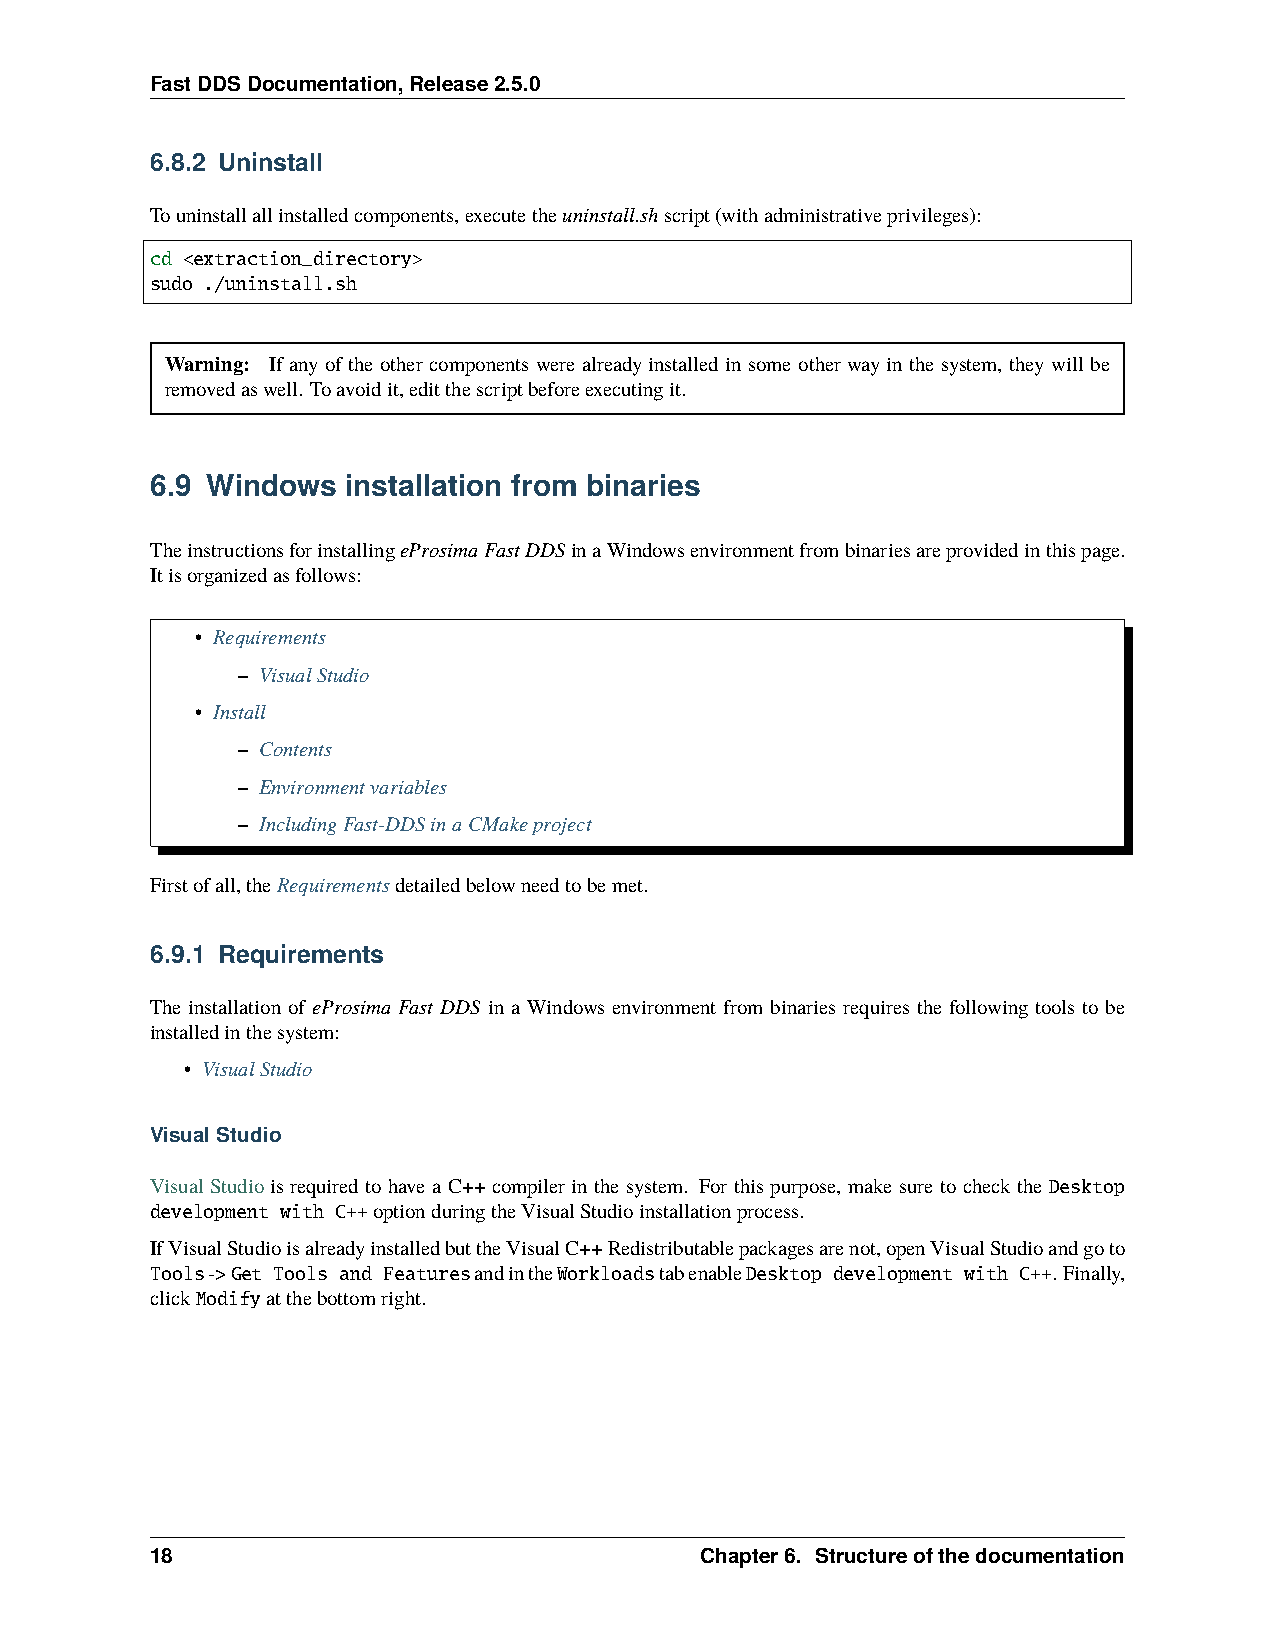
FastDDSDocumentation,Release2.5.0
 6.8.2 Uninstall
 Touninstallallinstalledcomponents,executetheuninstall.shscript(withadministrativeprivileges):
 cd <extraction_directory>
 sudo ./uninstall.sh
 Warning: If any of the other components were already installed in some other way in the system, they will be
 removedaswell. Toavoidit,editthescriptbeforeexecutingit.
 6.9 Windows  installation from binaries
 TheinstructionsforinstallingeProsimaFastDDSinaWindowsenvironmentfrombinariesareprovidedinthispage.
 Itisorganizedasfollows:
 • Requirements
 – VisualStudio
 • Install
 – Contents
 – Environmentvariables
 – IncludingFast-DDSinaCMakeproject
 Firstofall,theRequirementsdetailedbelowneedtobemet.
 6.9.1 Requirements
 The installation of eProsima Fast DDS in a Windows environment from binaries requires the following tools to be
 installedinthesystem:
 • VisualStudio
 VisualStudio
 Visual Studio is required to have a C++ compiler in the system. For this purpose, make sure to check the Desktop
 development with C++optionduringtheVisualStudioinstallationprocess.
 IfVisualStudioisalreadyinstalledbuttheVisualC++Redistributablepackagesarenot,openVisualStudioandgoto
 Tools->Get Tools and FeaturesandintheWorkloadstabenableDesktop development with C++. Finally,
 clickModifyatthebottomright.
 18                                  Chapter6. Structureofthedocumentation